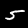
Label: 5